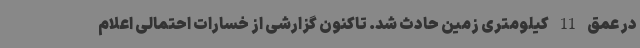
در عمق 11 کیلومتری زمین حادث شد. تاکنون گزارشی از خسارات احتمالی اعلام